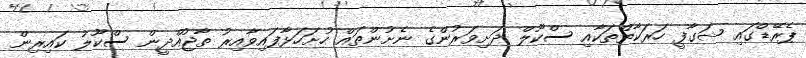
ޕެރޭޑްގައި ޝަގާފީ ހަރަކާތްތަކާއި ސްކޫލް ދަށިވަރުންގެ ނެށުންތައް ހުށަހަޅާފައިވާއިރު ތާޖުއްދީން ސްކޫލު ކައިރިން